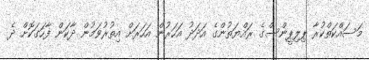
މަސައްކަތްކުރާ ޕިލިޕީންސްގެ ރައްޔަތުންގެ އަދަދު އަހަރުން އަހަރަށް އިތުރުވަމުން ދާކަން ފާހަގަކޮށް ދެ